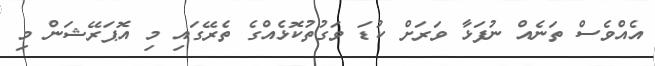
އެއްވެސް ތަނެއް ނުފަޅާ ވަރަށް ކުޑަ ވަގުތުކޮޅެއްގެ ތެރޭގައި މި އޮޕަރޭޝަން މި